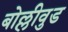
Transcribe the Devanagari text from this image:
बोल्लीवुड